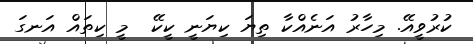
ކުރުވީއޭ. މިހާރު އަނެއްކާ ތިޔަ ކިޔަނީ ކީކޭ  މީ ކިތައް އަނގަ